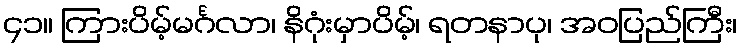
၄၁။ ကြားပိမ့်မင်္ဂလာ၊ နိဂုံးမှာပိမ့်၊ ရတနာပု၊ အဝပြည်ကြီး၊